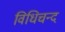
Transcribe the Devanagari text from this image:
विधिचन्द